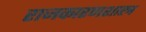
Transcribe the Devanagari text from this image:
राजकारणशास्त्र